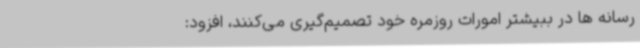
رسانه‌ ها در ببیشتر امورات روزمره خود تصمیم‌گیری می‌کنند، افزود: